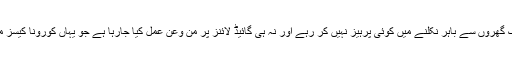
طبی ماہرین کا کہنا ہے کہ لوگ گھروں سے باہر نکلنے میں کوئی پرہیز نہیں کر رہے اور نہ ہی گائیڈ لائنز پر من وعن عمل کیا جارہا ہے جو یہاں کورونا کیسز میں اضافے کی بنیادی وجہ ہے۔